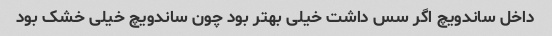
داخل ساندویچ اگر سس داشت خیلی بهتر بود چون ساندویچ خیلی خشک بود